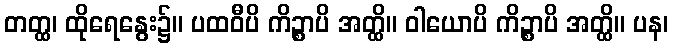
တတ္ထ၊ ထိုရေနွေး၌။ ပထဝီပိ ကိဉ္စာပိ အတ္ထိ။ ဝါယောပိ ကိဉ္စာပိ အတ္ထိ။ ပန၊